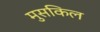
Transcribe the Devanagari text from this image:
मुसकिल